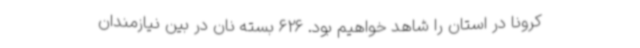
کرونا در استان را شاهد خواهیم بود. 626 بسته نان در بین نیازمندان